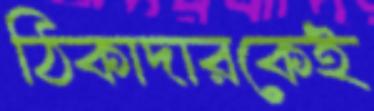
ঠিকাদারকেই